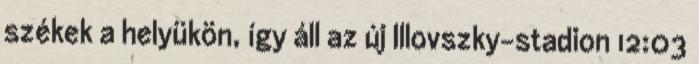
székek a helyükön, így áll az új Illovszky-stadion 12:03